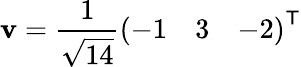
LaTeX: \mathbf{v}={\frac{1}{\sqrt{14}}}{\left(\begin{array}{lll}{-1}&{3}&{-2}\end{array}\right)}^{\textsf{T}}